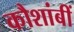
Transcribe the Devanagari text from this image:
कौशांबीं